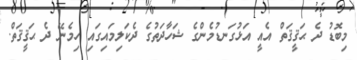
މިބޮޑު ދެ ޙަޤީޤަތް އެއީ އަޅުގަނޑުމެންގެ ޝަހާދަތުގެ ދެކަލިމައިގައި ހިމެނޭ ދެ ޙަޤީޤަތް.